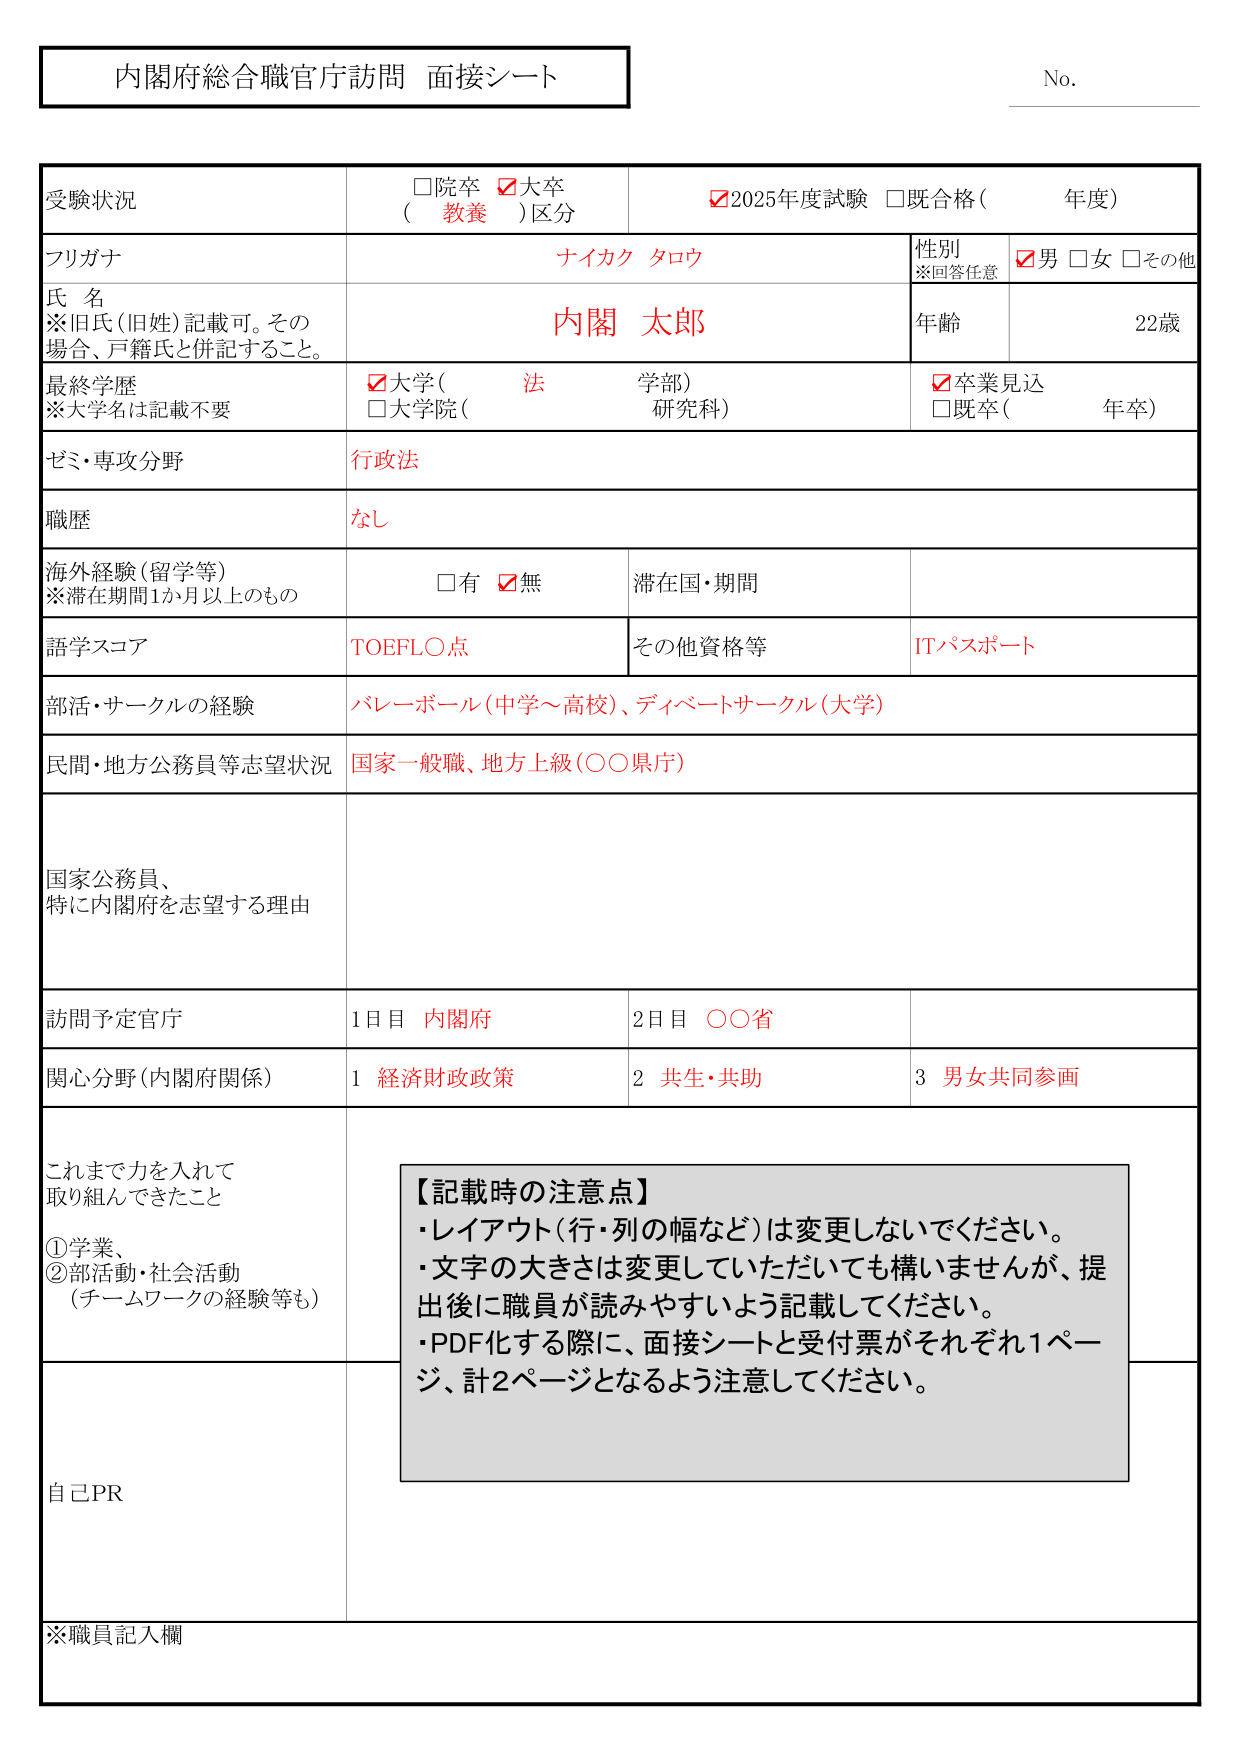
内閣府総合職官庁訪問 面接シート

No.

受験状況
□院卒 ☑大卒
（ 教養 ）区分
☑2025年度試験 □既合格（ 年度）

フリガナ
ナイカク タロウ

氏 名
※旧氏(旧姓)記載可。その
場合、戸籍氏と併記すること。
内閣 太郎

性別
※回答任意
☑男 □女 □その他

年齢
22歳

最終学歴
※大学名は記載不要
☑大学（ 法 学部）
□大学院（ 研究科）
☑卒業見込
□既卒（ 年卒）

ゼミ・専攻分野
行政法

職歴
なし

海外経験（留学等）
※滞在期間1か月以上もの
□有 ☑無
滞在国・期間

語学スコア
TOEFL○点
その他資格等
ITパスポート

部活・サークルの経験
バレーボール（中学～高校）、ディベートサークル（大学）

民間・地方公務員等志望状況
国家一般職、地方上級（○○県庁）

国家公務員、
特に内閣府を志望する理由

訪問予定官庁
1日目 内閣府
2日目 ○○省

関心分野（内閣府関係）
1 経済財政政策
2 共生・共助
3 男女共同参画

これまで力を入れて
取り組んできたこと
①学業、
②部活動・社会活動
（チームワークの経験等も）

【記載時の注意点】
・レイアウト（行・列の幅など）は変更しないでください。
・文字の大きさは変更していただいても構いませんが、提出後に職員が読みやすいよう記載してください。
・PDF化する際に、面接シートと受付票がそれぞれ1ページ、計2ページとなるよう注意してください。

自己PR

※職員記入欄